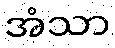
အံသာ